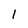
Character: 1